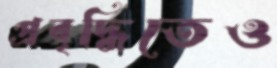
প্রবৃদ্ধিতেও